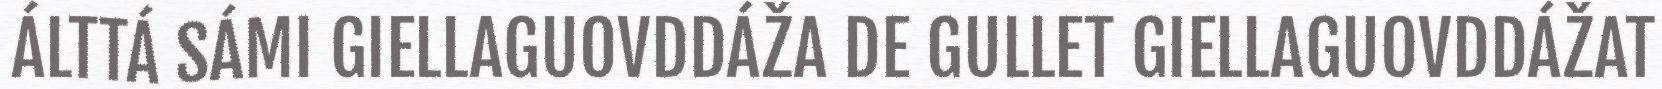
ÁLTTÁ SÁMI GIELLAGUOVDDÁŽA DE GULLET GIELLAGUOVDDÁŽAT